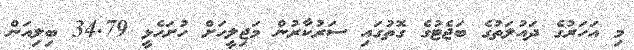
މި އަހަރުގެ ދައުލަތުގެ ބަޖެޓުގެ ގޮތުގައި ސަރުކާރުން މަޖިލީހަށް ހުށަހެޅީ 34.79 ބިލިއަން